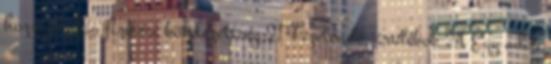
hozzájárulás fizetési kötelezettség 21 Fizetendő járulékok 24 Egy adós